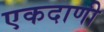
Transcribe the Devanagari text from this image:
एकदाणी